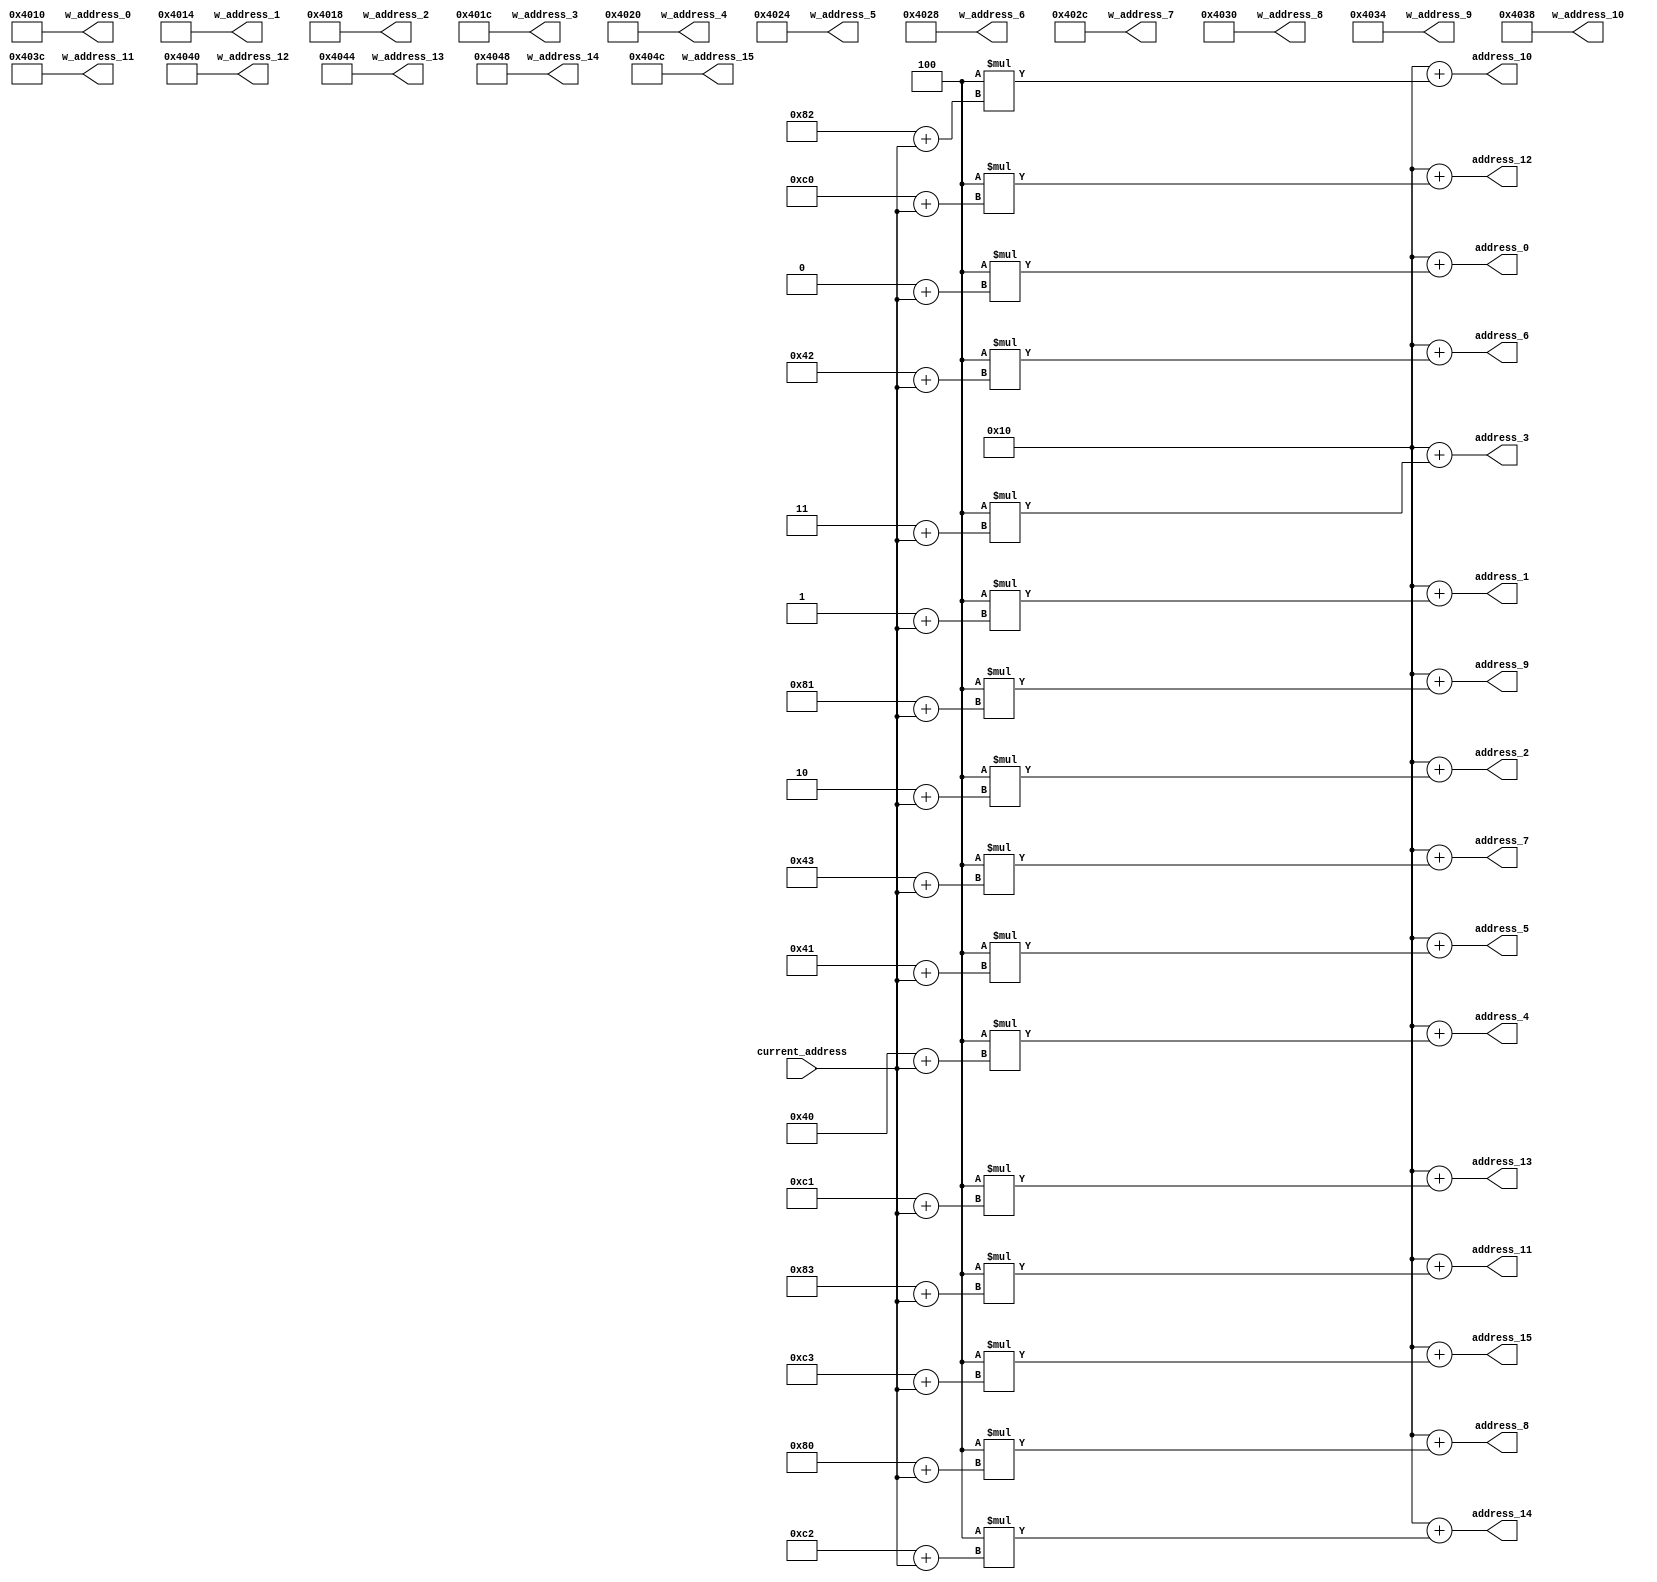
`timescale 1ns / 1ps
//////////////////////////////////////////////////////////////////////////////////
// Company: 
// Engineer: 
// 
// Design Name: 
// Module Name: Big_Address
// Project Name: 
// Target Devices: 
// Tool Versions: 
// Description: 
// 
// Dependencies: 
// 
// Revision:
// Revision 0.01 - File Created
// Additional Comments:
// 
//////////////////////////////////////////////////////////////////////////////////


module Big_Address(current_address, address_0, address_1, address_2, address_3, address_4, address_5, address_6, 
                        address_7, address_8, address_9, address_10, address_11, address_12, address_13, address_14, address_15,  w_address_0, w_address_1, w_address_2, w_address_3, w_address_4, w_address_5, w_address_6, w_address_7, w_address_8, w_address_9, w_address_10, 
                    w_address_11, w_address_12, w_address_13, w_address_14, w_address_15);
input [31:0] current_address;
output reg [31:0] address_0, address_1, address_2, address_3, address_4, address_5, address_6, address_7, address_8, address_9, address_10, 
                    address_11, address_12, address_13, address_14, address_15 , w_address_0, w_address_1, w_address_2, w_address_3, w_address_4, w_address_5, w_address_6, w_address_7, w_address_8, w_address_9, w_address_10, 
                    w_address_11, w_address_12, w_address_13, w_address_14, w_address_15;
 
reg [31:0]  base_address_w, base_address_f, frameColumn_size, windowColumn_size;            
                            
initial begin
    base_address_f      <= 16;    // 16 / 4 = 4 --------> index = 4
    base_address_w      <= 16400; // 16400 / 4 = 4100 --> index = 4100
    frameColumn_size    <= 64;
    windowColumn_size   <= 4;
end
                    
always@ (*) begin
    // since we know the fixed values of both the frame and the window, we can hardcode the addresses for both the window and the frame        
    //window addresses
        // w_address_k = base_address + 4 *( (i_k * windowcolumns) + j_k )
    w_address_0  <= base_address_w + 4 * ((0 * windowColumn_size) + 0); //column 1
    w_address_1  <= base_address_w + 4 * ((0 * windowColumn_size) + 1); //column 2
    w_address_2  <= base_address_w + 4 * ((0 * windowColumn_size) + 2); //column 3
    w_address_3  <= base_address_w + 4 * ((0 * windowColumn_size) + 3); //column 4
    w_address_4  <= base_address_w + 4 * ((1 * windowColumn_size) + 0); //column 1
    w_address_5  <= base_address_w + 4 * ((1 * windowColumn_size) + 1); //column 2
    w_address_6  <= base_address_w + 4 * ((1 * windowColumn_size) + 2); //column 3
    w_address_7  <= base_address_w + 4 * ((1 * windowColumn_size) + 3); //column 4
    w_address_8  <= base_address_w + 4 * ((2 * windowColumn_size) + 0); //column 1
    w_address_9  <= base_address_w + 4 * ((2 * windowColumn_size) + 1); //column 2
    w_address_10 <= base_address_w + 4 * ((2 * windowColumn_size) + 2); //column 3
    w_address_11 <= base_address_w + 4 * ((2 * windowColumn_size) + 3); //column 4
    w_address_12 <= base_address_w + 4 * ((3 * windowColumn_size) + 0); //column 1
    w_address_13 <= base_address_w + 4 * ((3 * windowColumn_size) + 1); //column 2
    w_address_14 <= base_address_w + 4 * ((3 * windowColumn_size) + 2); //column 3
    w_address_15 <= base_address_w + 4 * ((3 * windowColumn_size) + 3); //column 4    
    //frame addresses      
        // address_k = base_address + 4 *( (i_k * framecolumns) + j_k + current_address )
    address_0  <= base_address_f + 4 * ((0 * frameColumn_size) + 0 + current_address); //column 5
    address_1  <= base_address_f + 4 * ((0 * frameColumn_size) + 1 + current_address); //column 6
    address_2  <= base_address_f + 4 * ((0 * frameColumn_size) + 2 + current_address); //column 7
    address_3  <= base_address_f + 4 * ((0 * frameColumn_size) + 3 + current_address); //column 8
    address_4  <= base_address_f + 4 * ((1 * frameColumn_size) + 0 + current_address); //column 5
    address_5  <= base_address_f + 4 * ((1 * frameColumn_size) + 1 + current_address); //column 6
    address_6  <= base_address_f + 4 * ((1 * frameColumn_size) + 2 + current_address); //column 7
    address_7  <= base_address_f + 4 * ((1 * frameColumn_size) + 3 + current_address); //column 8
    address_8  <= base_address_f + 4 * ((2 * frameColumn_size) + 0 + current_address); //column 5
    address_9  <= base_address_f + 4 * ((2 * frameColumn_size) + 1 + current_address); //column 6
    address_10 <= base_address_f + 4 * ((2 * frameColumn_size) + 2 + current_address); //column 7
    address_11 <= base_address_f + 4 * ((2 * frameColumn_size) + 3 + current_address); //column 8
    address_12 <= base_address_f + 4 * ((3 * frameColumn_size) + 0 + current_address); //column 5
    address_13 <= base_address_f + 4 * ((3 * frameColumn_size) + 1 + current_address); //column 6
    address_14 <= base_address_f + 4 * ((3 * frameColumn_size) + 2 + current_address); //column 7
    address_15 <= base_address_f + 4 * ((3 * frameColumn_size) + 3 + current_address); //column 8
    
end                   
                                   
endmodule